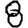
Digit: 8